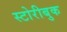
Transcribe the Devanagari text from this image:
स्टोरीबुक